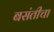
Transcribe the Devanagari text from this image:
बसंतीचा